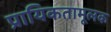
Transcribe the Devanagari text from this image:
प्रायिकतामूलक